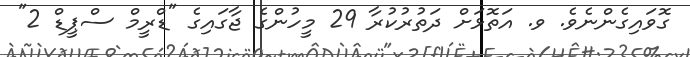
ގޮވައިގެންނެވެ. ވ. އަތޮޅަށް ދަތުރުކުރާ 29 މީހުންގެ ޖާގައިގެ "ޑްރީމް ސްޕީޑް 2"